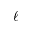
\ell